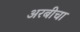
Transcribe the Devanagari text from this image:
अरबीचा